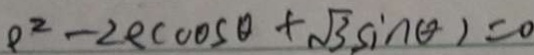
\rho ^ { 2 } - 2 e c \cos \theta + \sqrt { 3 } \sin \theta ) = 0